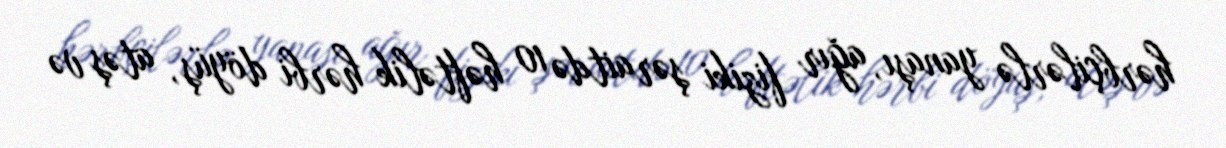
hərbçilərlə yanaşı, ağır fiziki şəraitdə 10 həftəlik hərbi döyüş, atəş və